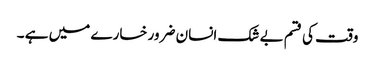
وقت کی قسم بے شک انسان ضرور خسارے میں ہے ۔